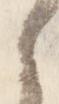
之